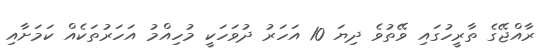
ރާއްޖޭގެ ތާރީހުގައި ވޭތުވެ ދިޔަ 10 އަހަރު ދުވަހަކީ މުހިއްމު އަހަރުތަކެއް ކަމަށާއި